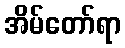
အိမ်တော်ရာ